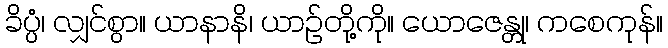
ခိပ္ပံ၊ လျှင်စွာ။ ယာနာနိ၊ ယာဉ်တို့ကို။ ယောဇေန္တု၊ ကစေကုန်။